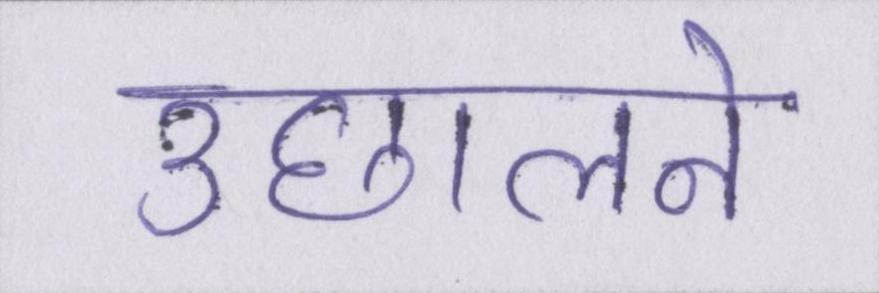
उछालने